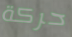
حركة